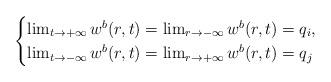
LaTeX: \begin{align*}\begin{cases}\lim_{t\to+\infty}w^b(r,t)=\lim_{r\to-\infty} w^b(r,t)=q_i,\\\lim_{t\to-\infty}w^b(r,t)=\lim_{r\to+\infty} w^b(r,t)=q_j\end{cases}\end{align*}